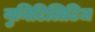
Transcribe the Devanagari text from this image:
युनिटिलिटिज